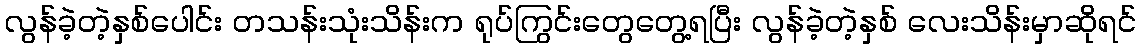
လွန်ခဲ့တဲ့နှစ်ပေါင်း တသန်းသုံးသိန်းက ရုပ်ကြွင်းတွေတွေ့ရပြီး လွန်ခဲ့တဲ့နှစ် လေးသိန်းမှာဆိုရင်